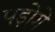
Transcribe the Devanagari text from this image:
पड़ोगे